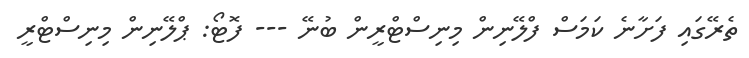
ތެރޭގައި ފަށާނެ ކަމަސް ފްލޭނިން މިނިސްޓްރީން ބުނޭ --- ފޮޓޯ: ޕްލޭނިން މިނިސްޓްރީ